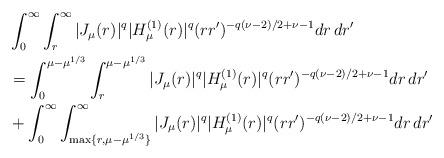
LaTeX: \begin{align*}& \int_0^\infty \int_r^\infty |J_\mu(r)|^q |H^{(1)}_\mu(r)|^q (rr')^{-q(\nu-2)/2 + \nu-1} dr\,dr' \\& = \int_0^{\mu-\mu^{1/3}} \int_r^{\mu-\mu^{1/3}} |J_\mu(r)|^q |H^{(1)}_\mu(r)|^q (rr')^{-q(\nu-2)/2 + \nu-1} dr\,dr' \\& + \int_0^\infty \int_{\max\{r,\mu-\mu^{1/3}\}}^\infty |J_\mu(r)|^q |H^{(1)}_\mu(r)|^q (rr')^{-q(\nu-2)/2 + \nu-1} dr\,dr'\end{align*}